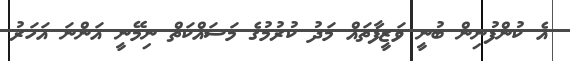
އެ ކުންފުނިން ބުނީ ވަޒީފާތައް މަދު ކުރުމުގެ މަސައްކަތް ނިމޭނީ އަންނަ އަހަރު